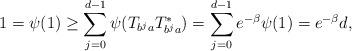
LaTeX: \begin{align*}1=\psi(1)\geq \sum_{j=0}^{d-1}\psi(T_{b^ja}T_{b^ja}^*)=\sum_{j=0}^{d-1}e^{-\beta}\psi(1)=e^{-\beta}d,\end{align*}